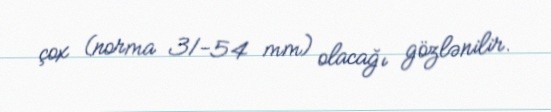
çox (norma 31-54 mm) olacağı gözlənilir.